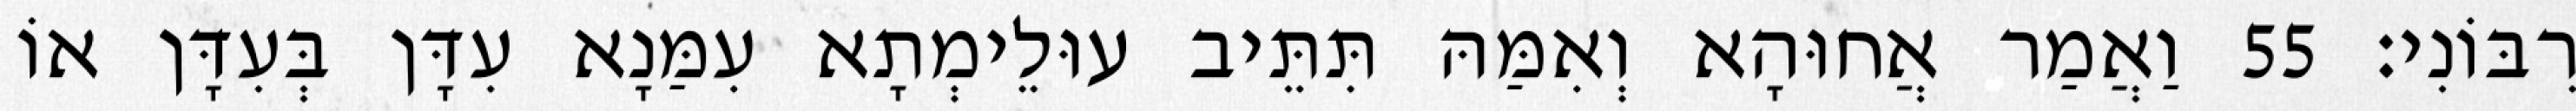
רִבּוֹנִי׃ 55 וַאֲמַר אֲחוּהָא וְאִמַּהּ תִּתֵּיב עוּלֵימְתָא עִמַּנָא עִדָּן בְּעִדָּן אוֹ